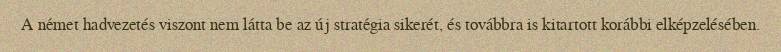
A német hadvezetés viszont nem látta be az új stratégia sikerét, és továbbra is kitartott korábbi elképzelésében.